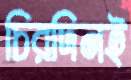
চিরদিনই